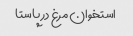
استخوان مرغ در پاستا